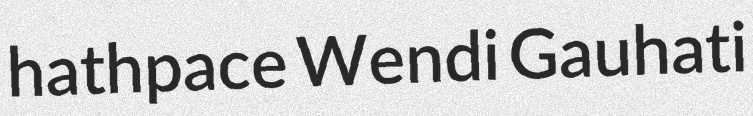
hathpace Wendi Gauhati